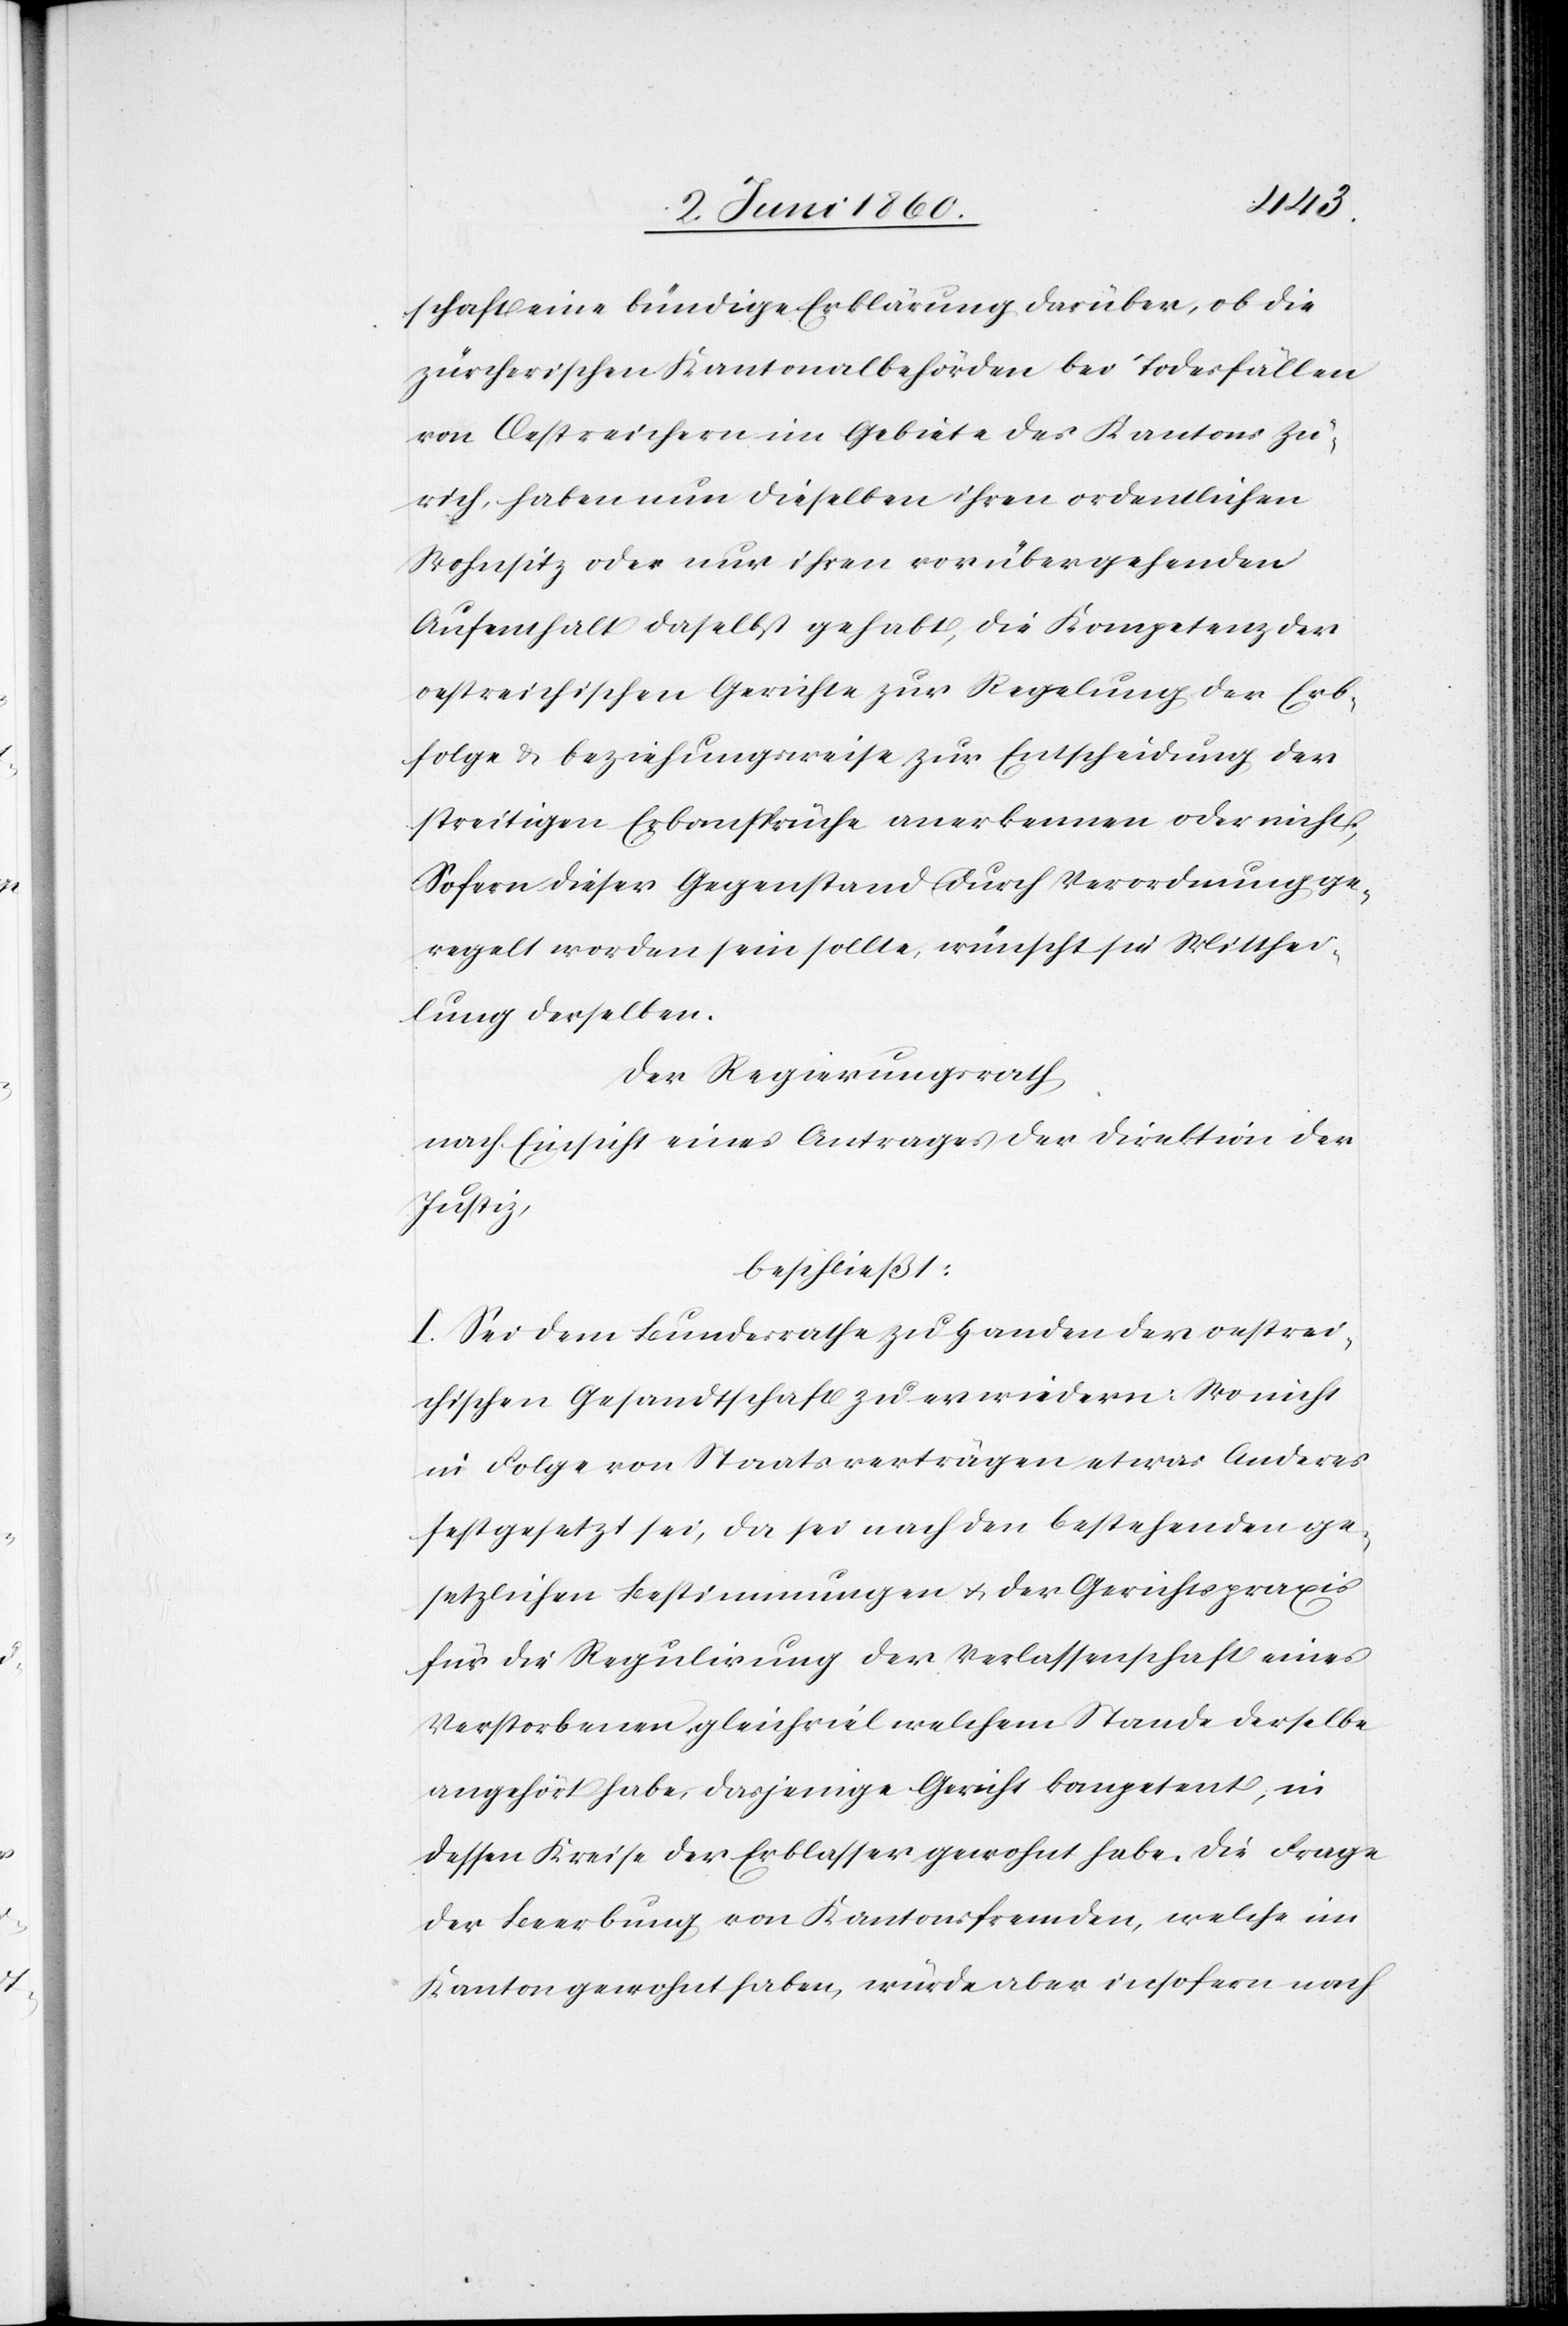
schaft eine bündige Erklärung darüber, ob die
zürcherischen Kantonalbehörden bei Todesfällen
von Oestreichern im Gebiete des Kantons Zü¬
rich, haben nun dieselben ihren ordentlichen
Wohnsitz oder nur ihren vorübergehenden
Aufenthalt daselbst gehabt, die Kompetenz der
oestreichischen Gerichte zur Regelung der Erb¬
folge u. beziehungsweise zur Entscheidung der
streitigen Erbansprüche anerkennen oder nicht;
Sofern dieser Gegenstand durch Verordnung ge¬
regelt worden sein sollte, wünscht sie Mitthei¬
lung derselben.
Der Regierungsrath,
nach Einsicht eines Antrages der Direktion der
Justiz,
beschließt:
I. Sei dem Bundesrath zu Handen der oestrei¬
chischen Gesandtschaft zu erwidern: Wo nicht
in Folge von Staatsverträgen etwas Anderes
festgesetzt sei, da sei nach den bestehenden ge¬
setzlichen Bestimmungen u. der Gerichtspraxis
für die Regulirung der Verlassenschaft eines
Verstorbenen gleichviel welchem Stande derselbe
angehört habe, dasjenige Gericht kompetent, in
dessen Kreise der Erblasser gewohnt habe. Die Frage
der Beerbung von Kantonsfremden, welche im
Kanton gewohnt haben, würde aber insofern nach